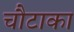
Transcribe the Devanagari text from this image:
चौटाका